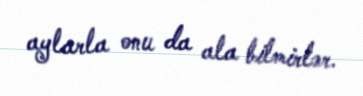
aylarla onu da ala bilmirlər.